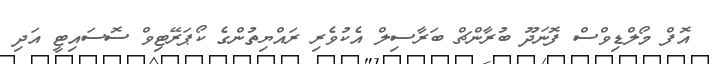
އޮފް މޯލްޑިވްސް ފޮނަދޫ ބުރާންޗް ބަރާސިލް އެކުވެރި ރައްޔިތުންގެ ކޯޕަރޭޓިވް ސޮސައިޓީ އަދި